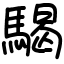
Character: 騔